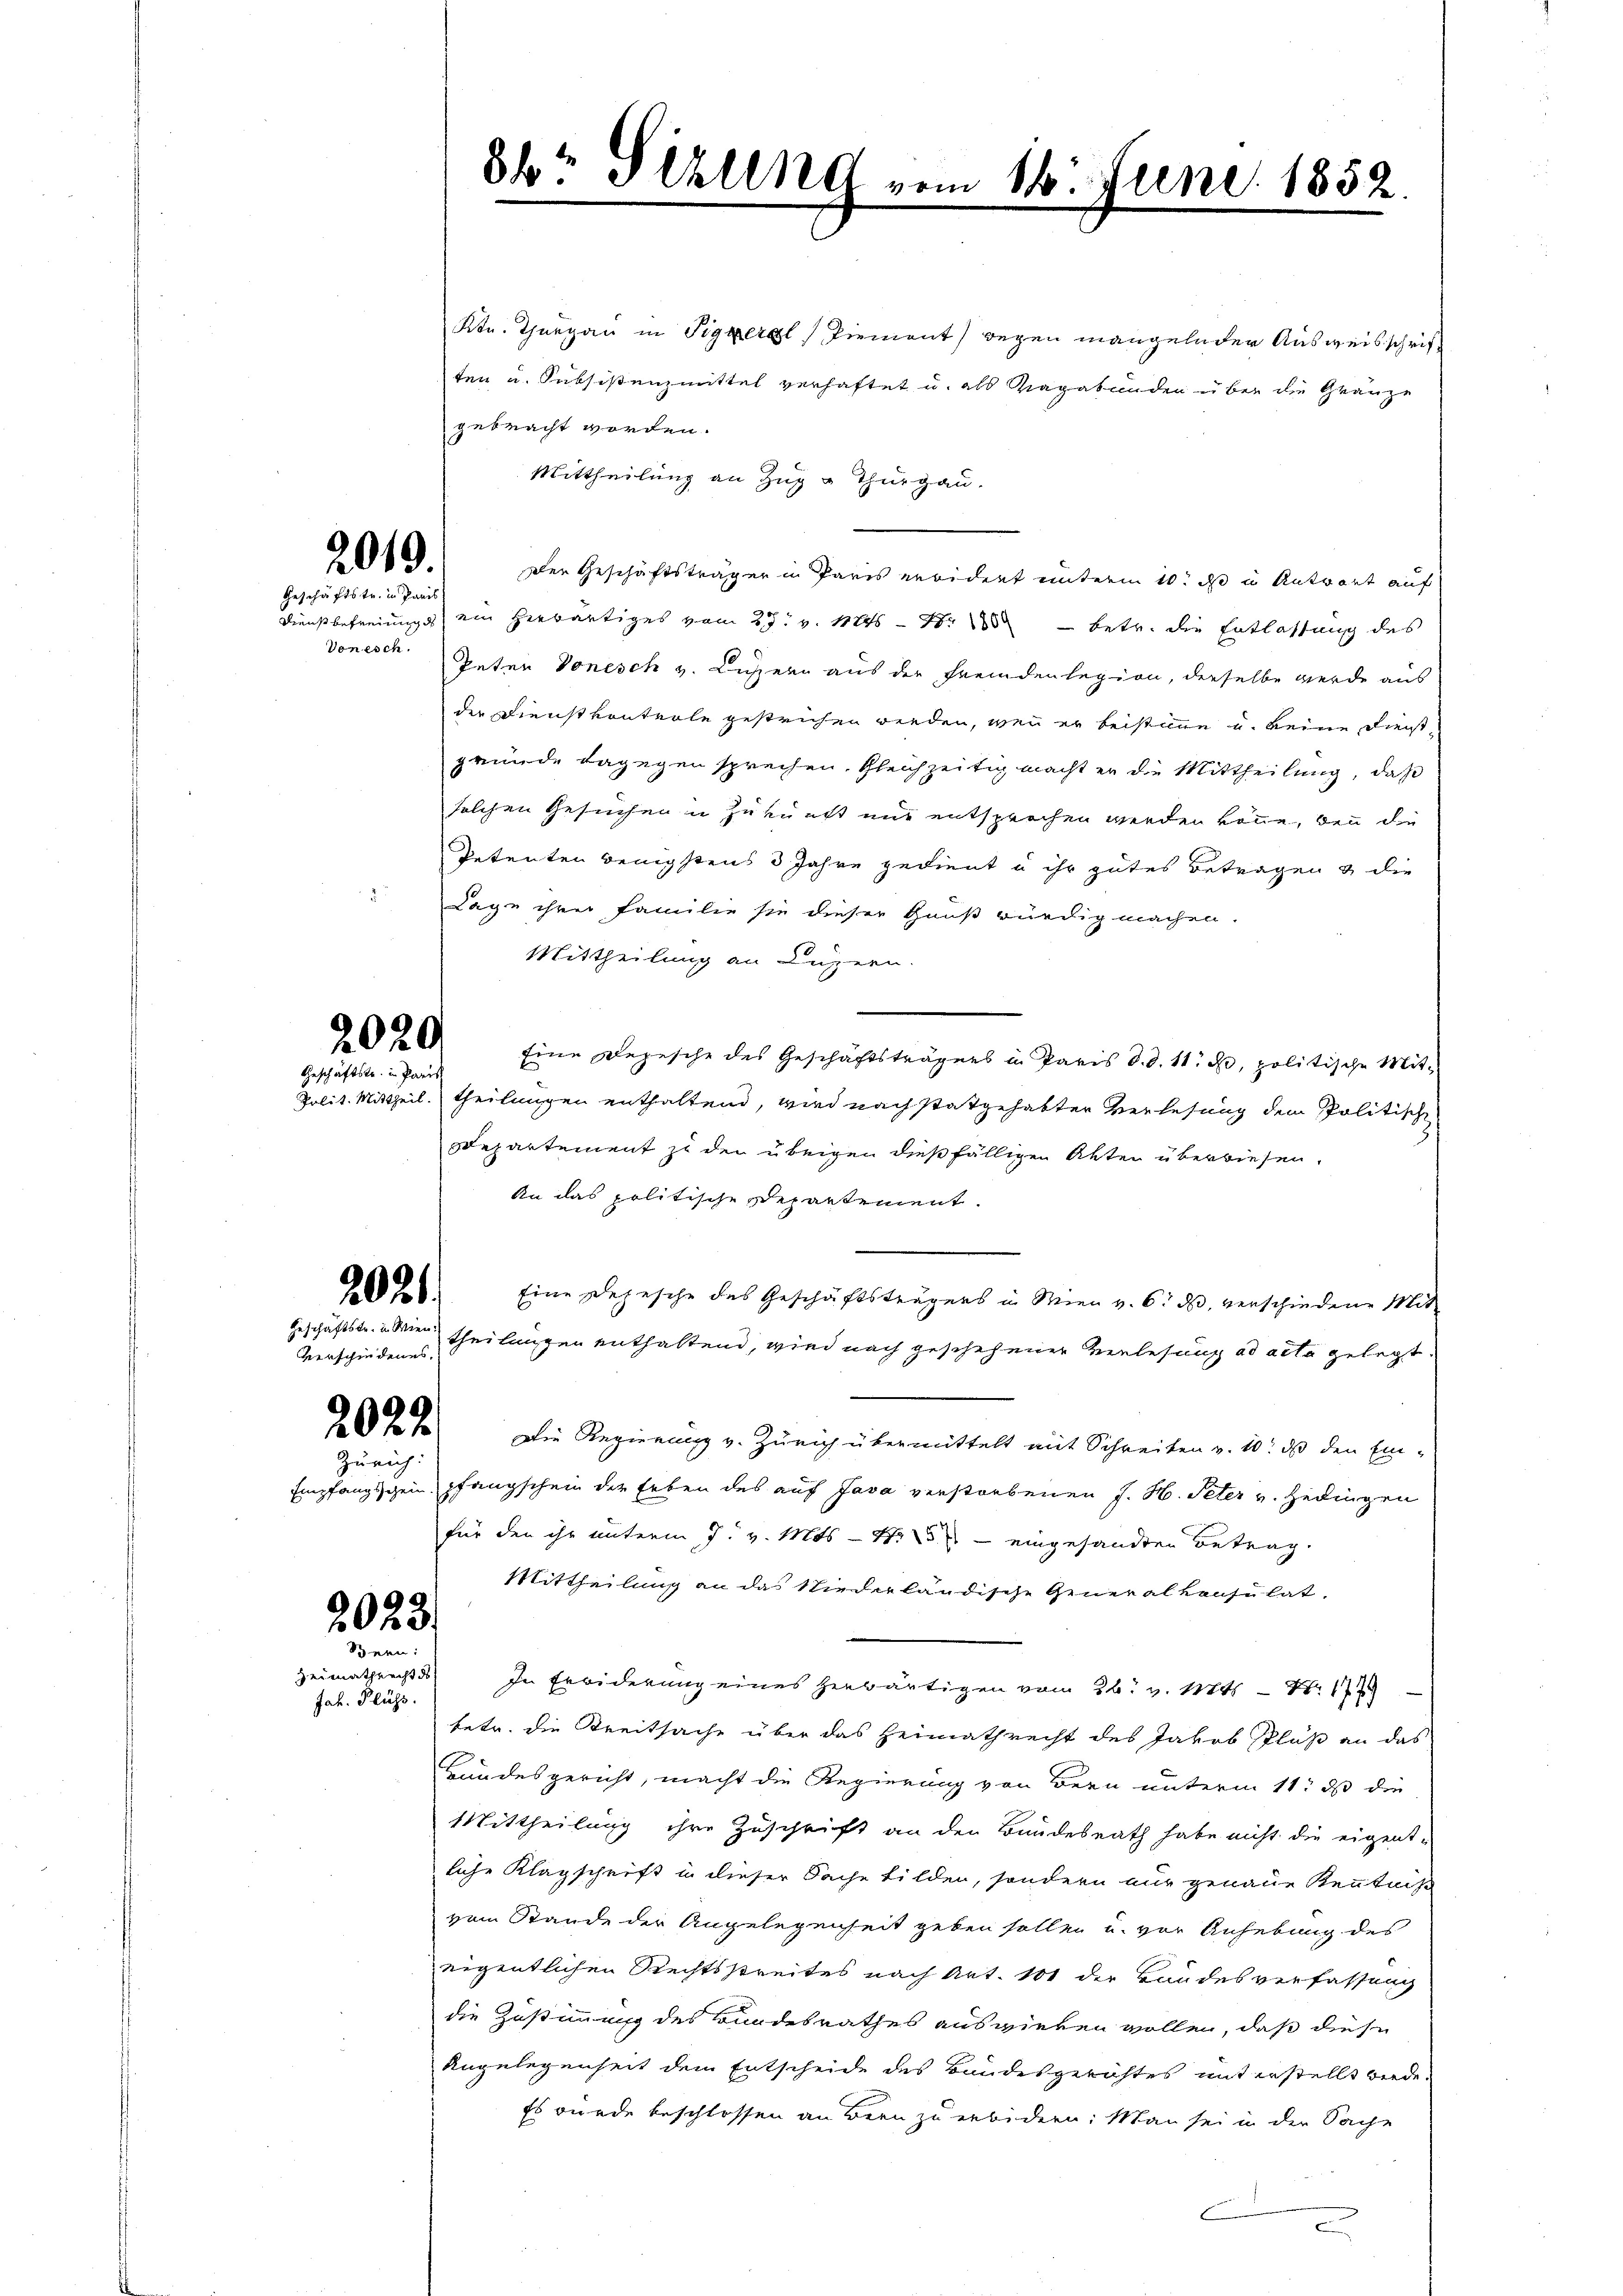
2010.
Geschäftstr. in Paris

Vonesch

2020.
Geschäfte in Paris

2021.

Geschäftstr. in Wien.
Zürich:

2023.
Bern:
zeimathrecht ds

Jab. Fluss.

Obr Sekung vom 16. Juni 1852.

Ktn. Thurgau in Signeral Piemont) wegen mangelnder Ausweisschriften u. Subsistenzmittel verhaftet u. als Vagabunden über die Gränze
gebracht worden.
Mittheilung an Zug u Thurgau.
der Geschäftsträger in Paris erwidert unterm 10. ds in Antwort auf
Dienstbefreiung ein herwärtiges vom 27. v. 1845 - Nr. 180 betr. die Entlassung des
Peten Donesch v. Lussern aus der Fremdenlegion, derselbe werde aus
der Dienstkontrole gestrichen werden, wenn er beistimme u. keine Dienst
gründe dagegen sprechen. Gleichzeitig macht er die Mittheilung, daß
solchen Gesuchen u Zukunft nur entsprochen werden könne, bei die
Petenten wenigstens 3 Jahre gedient u ihr gutes Betragen & die
Lage ihrer Familie sie dieser Groß würdig machen.
Mittheilung an Luzern.
Eine Depesche des Geschäftsträgers in Paris d.d. 11. d. politische Mit-
Polit. Mittheil. Theilungen enthaltend, wird nach stattgehabter Verlesung dem Politische
Departement zu den übrigen dießfälligen Akten überwiesen.
An das politische Departement.
Eine Depesche des Geschäftsträgers in Wien v. 6. ds, verschiedene Mit-
Verschieden Theilungen enthaltend, wird nach geschehener Verlesung ad acta gelegt.
20 Die Regierung v. Zürich übermittelt mit Schreiben v. 10. ds den Ein-
Empfangsgein, pfangschein der Erben des auf Java verstorbenen J. H. Peter v. Hedingen
für den ihr unterm 7. v. Mts. – 13 eingesandten Betrag.
Mittheilung an das Niederländische Generalkonsulat,
In Erwiderung eines gewärtigen vom 26. v. Mts. —
betr. die Kreitsache über das Heimathrecht des Jakob Pluß an das
Handesgericht, macht die Regierung von Bern unterm 11t ds die
Mittheilung ihre Zuschrift an den Bundesrath habe nicht die eigent-
liche Klagschrift in dieser Sache bilden, sondern aus genaue Kenntniß
vom Stande der Angelegenheit geben sollen u. vor Anhebung des
eigentlichen Rechtsstreites nach Art. 101 der Bandesverfassung
die Zustimmung des Bundesrathes auswieben wollen, daß diese
Angelegenheit dem Entscheide des Bandesgerichtes mit erstellt werde.
Es wurde beschlossen an Bern zu erbidern: Man sei in der Sache
p
e